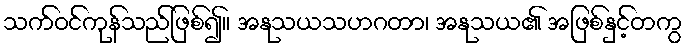
သက်ဝင်ကုန်သည်ဖြစ်၍။ အနုသယသဟဂတာ၊ အနုသယ၏ အဖြစ်နှင့်တကွ